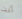
أنت